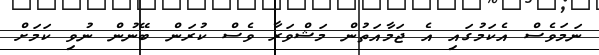
ނަމަވެސް އެކަމުގައި އެ ޖަމާއަތުން މަޝްވަރާ ވެސް ކުރަން ބޭނުން ނުވި ކަމަށް